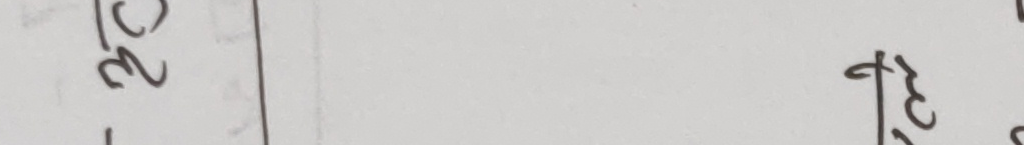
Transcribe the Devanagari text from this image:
२० ४३